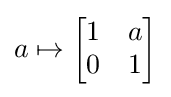
a\mapsto {\begin{bmatrix}1&a\\0&1\end{bmatrix}}